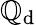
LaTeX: \mathbb{Q}_{\mathrm{{d}}}